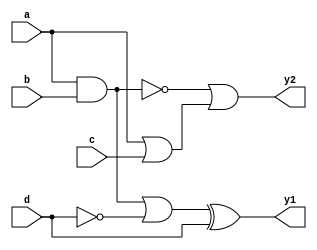
module multi_level_logic (
    input wire a,      // Input signal A
    input wire b,      // Input signal B
    input wire c,      // Input signal C
    input wire d,      // Input signal D
    output wire y1,    // Output signal Y1
    output wire y2     // Output signal Y2
);

// Intermediate signals for multi-level logic
wire ab_and;         // Intermediate signal for AND gate
wire ac_or;          // Intermediate signal for OR gate
wire not_d;          // Intermediate signal for NOT gate
wire ab_nand;        // Intermediate signal for NAND gate
wire common_expr;    // Common expression for optimization

// Level 1: Logic Functions
assign ab_and = a & b;                     // AND gate
assign ac_or = a | c;                       // OR gate
assign not_d = ~d;                          // NOT gate

// Level 2: Further simplification using common sub-expressions
assign common_expr = ab_and | not_d;       // Common expression combining AND and NOT
assign ab_nand = ~(a & b);                  // NAND gate

// Final Outputs
assign y1 = common_expr ^ d;                // XOR operation for output Y1
assign y2 = ab_nand | ac_or;                // OR operation for output Y2

endmodule